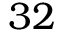
3 2